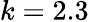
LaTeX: k=2.3